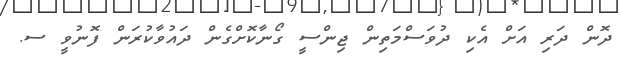
ދޮން ދަރި އަށް އެކި ދުވަސްމަތިން ޖިންސީ ގޯނާކޮށްގެން ދައުވާކުރަން ފޮނުވީ ސ.